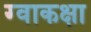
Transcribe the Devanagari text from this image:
ग्वाकक्षा